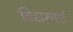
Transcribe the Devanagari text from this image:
विसरनाई